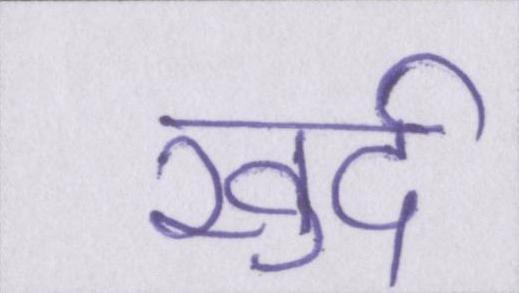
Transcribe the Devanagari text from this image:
खुर्द